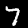
Digit: 7